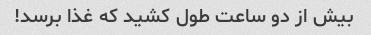
بیش از دو ساعت طول کشید که غذا برسد!